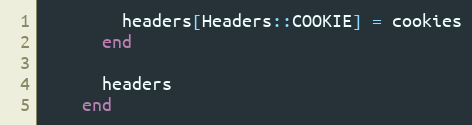
Language: Ruby
        headers[Headers::COOKIE] = cookies
      end

      headers
    end